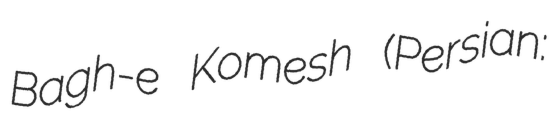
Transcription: Bagh-e Komesh (Persian: